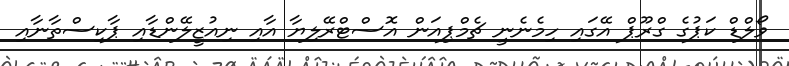
ވޯލްޑް ކަޕުގެ ގްރޫޕް އޭގައި ހިމެނެނީ ޗެމްޕިއަން އޮސްޓްރޭލިޔާ އާއި ނިއުޒީލޭންޑާއި ޕާކިސްތާނާއި